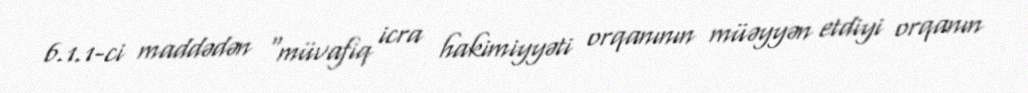
6.1.1-ci maddədən “müvafiq icra hakimiyyəti orqanının müəyyən etdiyi orqanın